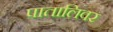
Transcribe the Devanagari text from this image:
पातालिवर